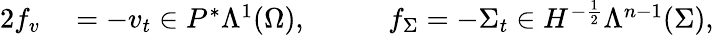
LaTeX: \begin{array}{rlrl}{{2}f_{v}}&{{}=-v_{t}\in P^{\ast}\Lambda^{1}(\Omega),\quad}&{}&{{}f_{\Sigma}=-\Sigma_{t}\in H^{-\frac{1}{2}}\Lambda^{n-1}(\Sigma),}\end{array}